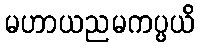
မဟာယညမကပ္ပယိ